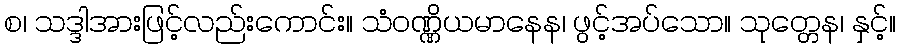
စ၊ သဒ္ဒါအားဖြင့်လည်းကောင်း။ သံဝဏ္ဏိယမာနေန၊ ဖွင့်အပ်သော။ သုတ္တေန၊ နှင့်။